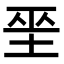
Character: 𡋻